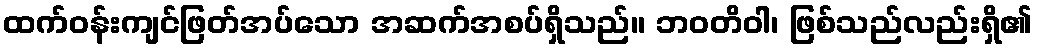
ထက်ဝန်းကျင်ဖြတ်အပ်သော အဆက်အစပ်ရှိသည်။ ဘဝတိဝါ၊ ဖြစ်သည်လည်းရှိ၏